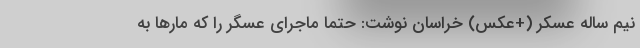
نیم ساله عسکر (+عکس) خراسان نوشت: حتما ماجرای عسگر را که مارها به